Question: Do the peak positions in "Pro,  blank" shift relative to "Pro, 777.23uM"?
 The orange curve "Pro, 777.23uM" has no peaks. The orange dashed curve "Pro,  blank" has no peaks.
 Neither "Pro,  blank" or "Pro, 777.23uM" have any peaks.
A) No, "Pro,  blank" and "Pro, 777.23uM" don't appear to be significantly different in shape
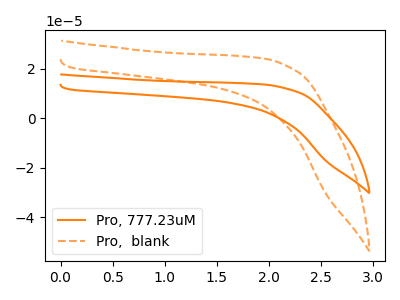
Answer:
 <answer>A) No, "Pro,  blank" and "Pro, 777.23uM" don't appear to be significantly different in shape</answer>
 <eval>A</eval>